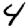
Digit: 4